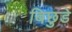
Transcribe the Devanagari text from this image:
बिछुडे